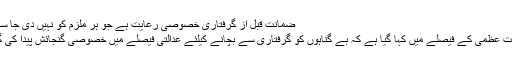
ضمانت قبل از گرفتاری خصوصی رعایت ہے جو ہر ملزم کو نہیں دی جا سکتی
عدالت عظمٰی کے فیصلے میں کہا گیا ہے کہ بے گناہوں کو گرفتاری سے بچانے کیلئے عدالتی فیصلے میں خصوصی گنجائش پیدا کی گئی۔